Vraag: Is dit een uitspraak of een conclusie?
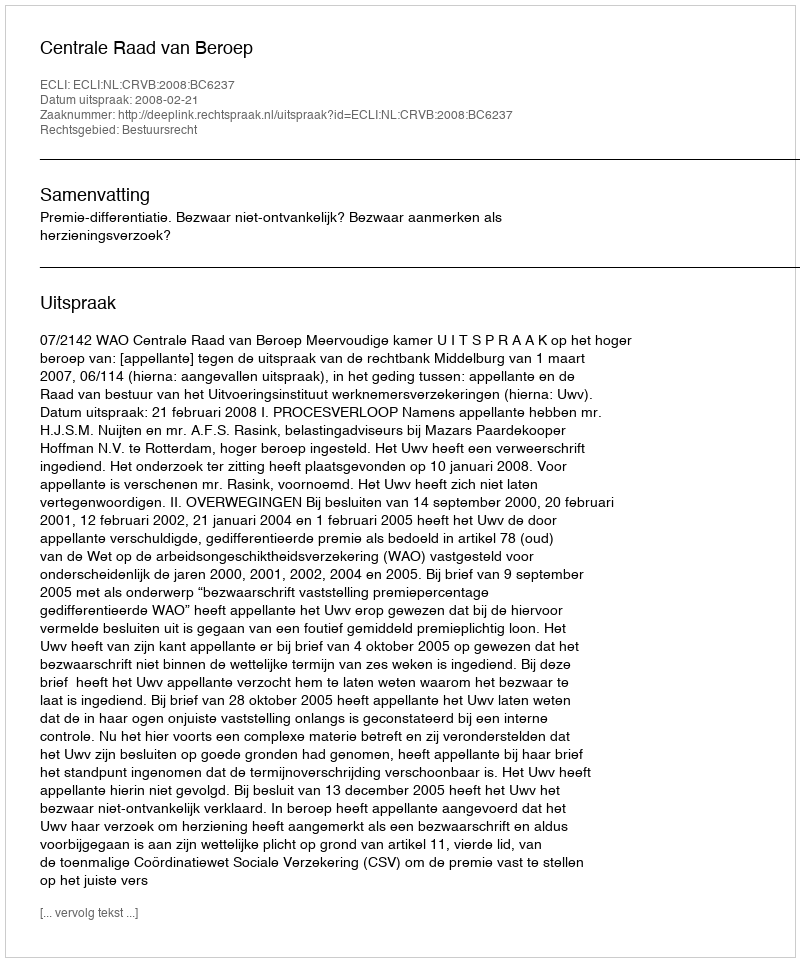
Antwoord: Uitspraak